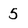
Character: 5